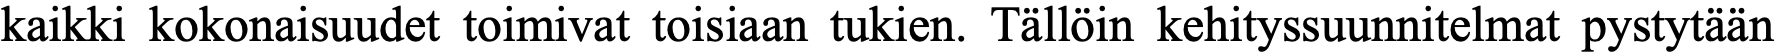
kaikki kokonaisuudet toimivat toisiaan tukien. Tällöin kehityssuunnitelmat pystytään